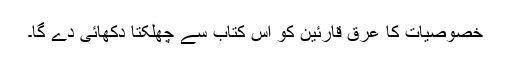
خصوصیات کا عرق قارئین کو اس کتاب سے چھلکتا دکھائی دے گا۔